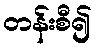
တန်းစီ၍